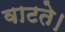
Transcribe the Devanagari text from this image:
वाटते।